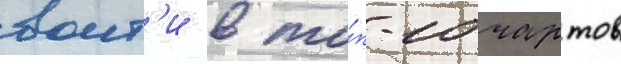
воит'и в то́п-10 чартов